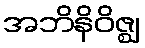
အဘိနိဝိဇ္ဈ